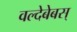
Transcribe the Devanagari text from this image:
वल्देबेबस्